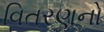
વિતરણનો